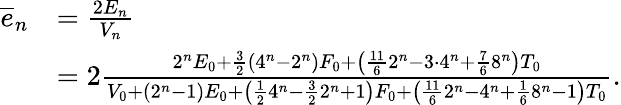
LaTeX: \begin{array}{rl}{\overline{{e}}_{n}}&{=\frac{2E_{n}}{V_{n}}}\\ &{=2\frac{2^{n}E_{0}+\frac{3}{2}(4^{n}-2^{n})F_{0}+\left(\frac{11}{6}2^{n}-3\cdot 4^{n}+\frac{7}{6}8^{n}\right)T_{0}}{V_{0}+(2^{n}-1)E_{0}+\left(\frac{1}{2}4^{n}-\frac{3}{2}2^{n}+1\right)F_{0}+\left(\frac{11}{6}2^{n}-4^{n}+\frac{1}{6}8^{n}-1\right)T_{0}}.}\end{array}